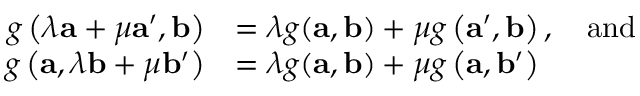
{ \begin{array} { r l } { g \left( \lambda \mathbf { a } + \mu \mathbf { a } ^ { \prime } , \mathbf { b } \right) } & { = \lambda g ( \mathbf { a } , \mathbf { b } ) + \mu g \left( \mathbf { a } ^ { \prime } , \mathbf { b } \right) , \quad { \mathrm { a n d } } } \\ { g \left( \mathbf { a } , \lambda \mathbf { b } + \mu \mathbf { b } ^ { \prime } \right) } & { = \lambda g ( \mathbf { a } , \mathbf { b } ) + \mu g \left( \mathbf { a } , \mathbf { b } ^ { \prime } \right) } \end{array} }